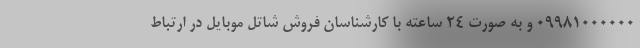
۰۹۹۸۱۰۰۰۰۰۰ و به صورت ۲۴ ساعته با کارشناسان فروش شاتل موبایل در ارتباط